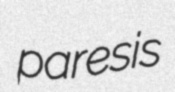
paresis